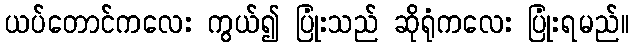
ယပ်တောင်ကလေး ကွယ်၍ ပြုံးသည် ဆိုရုံကလေး ပြုံးရမည်။